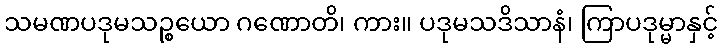
သမဏပဒုမသဉ္စယော ဂဏောတိ၊ ကား။ ပဒုမသဒိသာနံ၊ ကြာပဒုမ္မာနှင့်